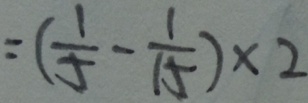
= ( \frac { 1 } { 5 } - \frac { 1 } { 1 5 } ) \times 2